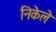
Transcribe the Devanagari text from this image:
निकेले